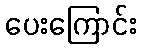
ပေးကြောင်း